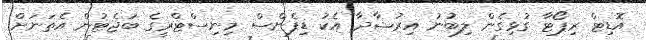
އޮޑިޓް ރިޕޯޓާ ގުޅިގެން ލިބުނު އިރުޝާދާ އެކު ޑިފެންސް މިނިސްޓްރީގެ ބަޖެޓުން އެތަނަށް